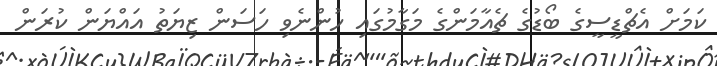
ކަމަށް އެޗްޑީސީގެ ބޯޑުގެ ޗެއާމަންގެ މަގާމުގައި ހުންނެވި ހަސަން ޒިޔަތު އައްޔަން ކުރަން